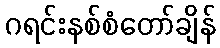
ဂရင်းနစ်စံတော်ချိန်